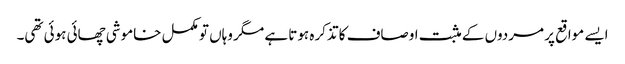
ایسے مواقع پر مردوں کے مثبت اوصاف کا تذکرہ ہوتا ہے مگر وہاں تو مکمل خاموشی چھائی ہوئی تھی۔